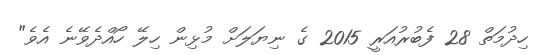
ހިދުމަތް 28 ފެބުރުއަރީ 2015 ގެ ނިޔަލަށް މުޅިން ހިލޭ ހޯއްދެވޭނެ އެވެ"